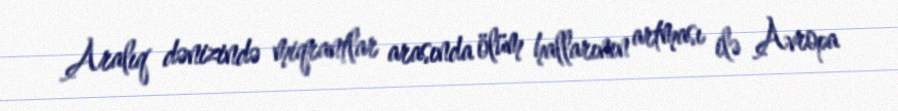
Aralıq dənizində miqrantlar arasında ölüm hallarının artması ilə Avropa